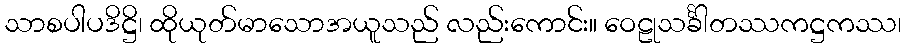
သာစပါပဒိဋ္ဌိ၊ ထိုယုတ်မာသောအယူသည် လည်းကောင်း။ ဝေဠုသင်္ခါတဿကဋ္ဌကဿ၊